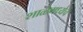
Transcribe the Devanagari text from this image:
शाळेमध्येच